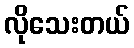
လိုသေးတယ်